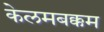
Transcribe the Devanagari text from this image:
केलमबक्कम